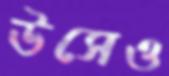
উসেও